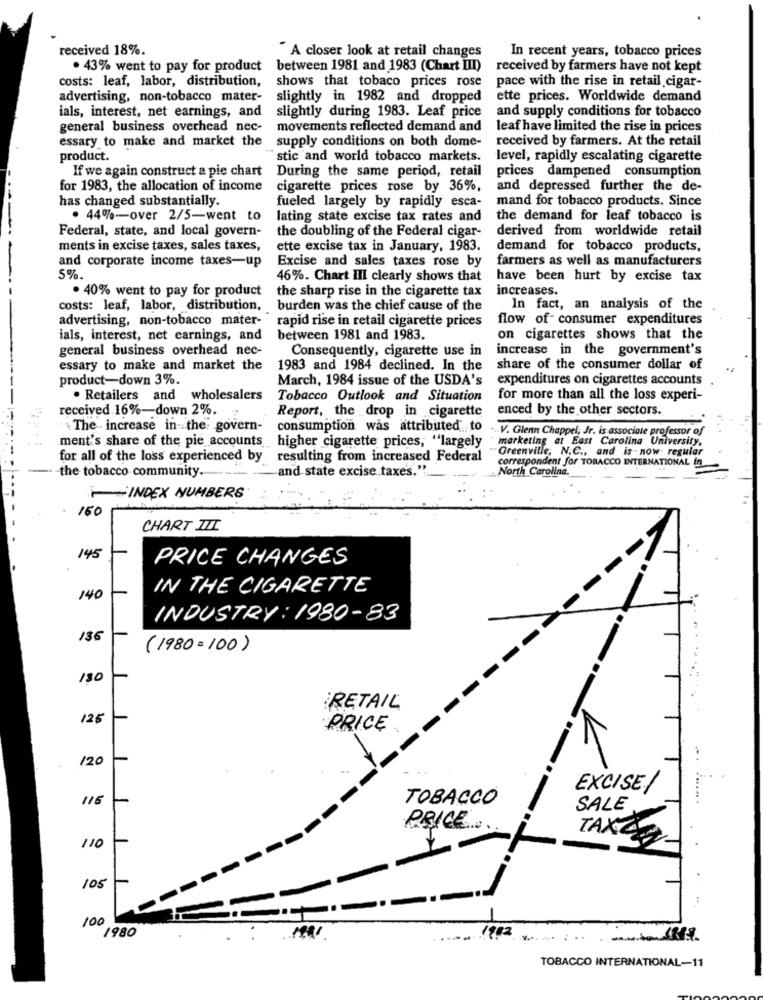
received 18%.
" A closer look at retail changes
In recent years, tobacco prices
. 43% went to pay for product
between 1981 and 1983 (Chart III)
received by farmers have not kept
costs: leaf, labor, distribution,
shows that tobaco prices rose
pace with the rise in retail cigar-
advertising, non-tobacco mater-
slightly in 1982 and dropped
ette prices. Worldwide demand
ials, interest, net earnings, and
and supply conditions for tobacco
slightly during 1983. Leaf price
general business overhead nec-
movements reflected demand and
leaf have limited the rise in prices
essary to make and market the
supply conditions on both dome-
received by farmers. At the retail
product.
stic and world tobacco markets.
level, rapidly escalating cigarette
If we again construct a pie chart
prices dampened consumption
During the same period, retail
for 1983, the allocation of income
cigarette prices rose by 36%,
and depressed further the de-
has changed substantially.
mand for tobacco products. Since
fueled largely by rapidly esca-
. 44%-over 2/5-went to
lating state excise tax rates and
the demand for leaf tobacco is
Federal, state, and local govern-
the doubling of the Federal cigar-
derived from worldwide retail
ments in excise taxes, sales taxes,
ette excise tax in January, 1983.
demand for tobacco products,
and corporate income taxes-up
Excise and sales taxes rose by
farmers as well as manufacturers
5%.
46%. Chart III clearly shows that
have been hurt by excise tax
. 40% went to pay for product
the sharp rise in the cigarette tax
increases.
costs: leaf, labor, distribution, burden was the chief cause of the
In fact, an analysis of the
advertising, non-tobacco mater- rapid rise in retail cigarette prices
flow of- consumer expenditures
ials, interest, net carnings, and
between 1981 and 1983.
on cigarettes shows that the
general business overhead nec-
Consequently, cigarette use in
increase in the government's
essary to make and market the
1983 and 1984 declined. In the
share of the consumer dollar of
product-down 3%.
March, 1984 issue of the USDA's
expenditures on cigarettes accounts
. Retailers and wholesalers
Tobacco Outlook and Situation
for more than all the loss experi-
received 16%-down 2%.
Report, the drop in cigarette
enced by the other sectors.
The increase in the: govern-
consumption was attributed to
ment's share of the pie accounts higher cigarette prices, "largely
.. V. Glenn Chappel, Jr. is associate professor of
marketing at East Carolina University,
Greenville, N.C ., and is now regular
for all of the loss experienced by resulting from increased Federal
correspondent for TOBACCO INTERNATIONAL In
the tobacco community.
and state excise taxes."
North Carolina.
INDEX NUMBERS
160
CHART III
145
PRICE CHANGES
IN THE CIGARETTE
140
INDUSTRY: 1980-83
136
(1980=100)
130
RETAIL
125
PRICE
/20
EXCISE/
115
TOBACCO
SALE
PRICE ..
TAX
110
105
100
1980
1912
TOBACCO INTERNATIONAL-11